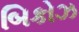
બિકોઝ